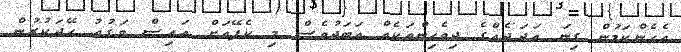
އެހެންކަމުން ގިނަ އަދަދެއްގެ ދިވެހިންތަކެއް އަބަދުވެސް މި ކެފޭއަށް އައިސް ވަގުތު ހޭދަކުރުން